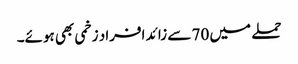
حملے میں 70 سے زائد افراد زخمی بھی ہوئے۔